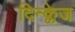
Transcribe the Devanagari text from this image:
दिन्क्लेज